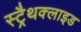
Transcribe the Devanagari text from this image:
स्ट्रैथक्लाइड